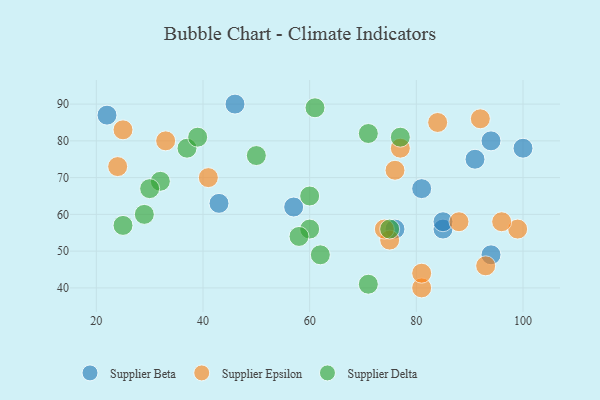
{"axis": {"x": "GDP", "y": "Life Expectancy"}, "legend": ["Supplier Beta", "Supplier Delta", "Supplier Epsilon"], "data": [{"x": "100", "y": 78, "type": "Supplier Beta"}, {"x": "94", "y": 49, "type": "Supplier Beta"}, {"x": "91", "y": 75, "type": "Supplier Beta"}, {"x": "46", "y": 90, "type": "Supplier Beta"}, {"x": "76", "y": 56, "type": "Supplier Beta"}, {"x": "57", "y": 62, "type": "Supplier Beta"}, {"x": "81", "y": 67, "type": "Supplier Beta"}, {"x": "43", "y": 63, "type": "Supplier Beta"}, {"x": "85", "y": 56, "type": "Supplier Beta"}, {"x": "85", "y": 58, "type": "Supplier Beta"}, {"x": "94", "y": 80, "type": "Supplier Beta"}, {"x": "22", "y": 87, "type": "Supplier Beta"}, {"x": "24", "y": 73, "type": "Supplier Epsilon"}, {"x": "81", "y": 40, "type": "Supplier Epsilon"}, {"x": "99", "y": 56, "type": "Supplier Epsilon"}, {"x": "33", "y": 80, "type": "Supplier Epsilon"}, {"x": "92", "y": 86, "type": "Supplier Epsilon"}, {"x": "96", "y": 58, "type": "Supplier Epsilon"}, {"x": "41", "y": 70, "type": "Supplier Epsilon"}, {"x": "93", "y": 46, "type": "Supplier Epsilon"}, {"x": "77", "y": 78, "type": "Supplier Epsilon"}, {"x": "75", "y": 53, "type": "Supplier Epsilon"}, {"x": "74", "y": 56, "type": "Supplier Epsilon"}, {"x": "76", "y": 72, "type": "Supplier Epsilon"}, {"x": "81", "y": 44, "type": "Supplier Epsilon"}, {"x": "25", "y": 83, "type": "Supplier Epsilon"}, {"x": "84", "y": 85, "type": "Supplier Epsilon"}, {"x": "88", "y": 58, "type": "Supplier Epsilon"}, {"x": "25", "y": 57, "type": "Supplier Delta"}, {"x": "71", "y": 82, "type": "Supplier Delta"}, {"x": "60", "y": 65, "type": "Supplier Delta"}, {"x": "37", "y": 78, "type": "Supplier Delta"}, {"x": "75", "y": 56, "type": "Supplier Delta"}, {"x": "29", "y": 60, "type": "Supplier Delta"}, {"x": "77", "y": 81, "type": "Supplier Delta"}, {"x": "60", "y": 56, "type": "Supplier Delta"}, {"x": "58", "y": 54, "type": "Supplier Delta"}, {"x": "71", "y": 41, "type": "Supplier Delta"}, {"x": "32", "y": 69, "type": "Supplier Delta"}, {"x": "30", "y": 67, "type": "Supplier Delta"}, {"x": "62", "y": 49, "type": "Supplier Delta"}, {"x": "50", "y": 76, "type": "Supplier Delta"}, {"x": "61", "y": 89, "type": "Supplier Delta"}, {"x": "39", "y": 81, "type": "Supplier Delta"}]}